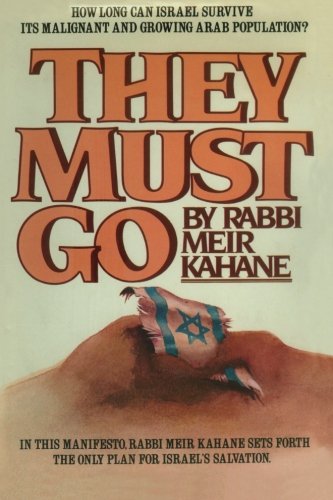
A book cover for They Must Go; Rabb Meir Kahane; Religion & Spirituality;